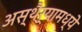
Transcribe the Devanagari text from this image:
अस्थैर्यामध्ये